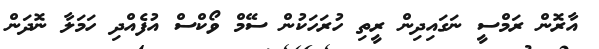
އާރޮން ރަމްސީ ނަގައިދިން ރީތި ހުރަހަކުން ސޭމް ވޯކްސް އުފެއްދި ހަމަލާ ނޮދަން